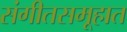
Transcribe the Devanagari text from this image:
संगीतसमूहात